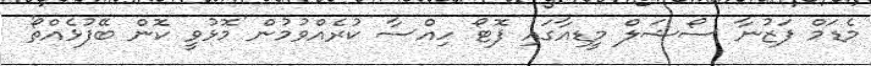
މެޑަމް ފަޒުނާ ސޯޝަލް މީޑިއާގައި ފޮޓޯ ހިއްސާ ކުރެއްވުމުން 'މޮޅުވީ ކޮން ބޭފުޅެއްތޯ'